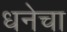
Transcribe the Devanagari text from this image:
धनेचा